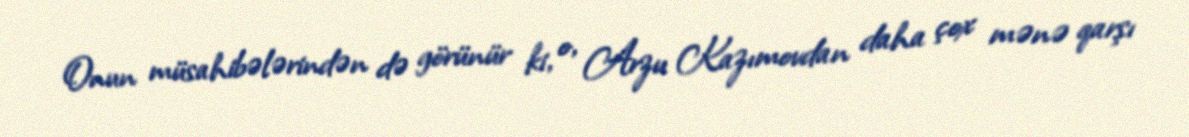
Onun müsahibələrindən də görünür ki, o, Arzu Kazımovdan daha çox mənə qarşı